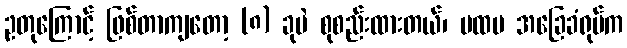
ဥတုကြောင့် ဖြစ်တာကျတော့ (၈) ခုပဲ စုစည်းထားတယ်၊ ပထမ အခြေခံရုပ်က